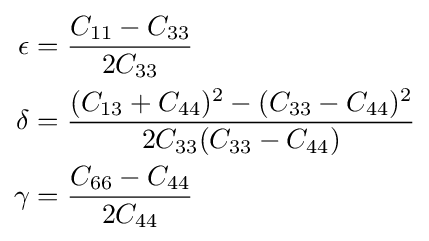
{\begin{aligned}\epsilon &={\frac {C_{11}-C_{33}}{2C_{33}}}\\\delta &={\frac {(C_{13}+C_{44})^{2}-(C_{33}-C_{44})^{2}}{2C_{33}(C_{33}-C_{44})}}\\\gamma &={\frac {C_{66}-C_{44}}{2C_{44}}}\end{aligned}}